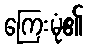
ကြေးမုံ၏